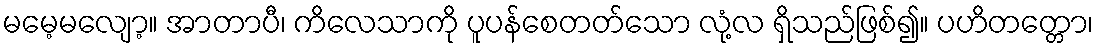
မမေ့မလျော့။ အာတာပီ၊ ကိလေသာကို ပူပန်စေတတ်သော လုံ့လ ရှိသည်ဖြစ်၍။ ပဟိတတ္တော၊